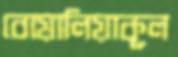
বোয়ালিয়াকূল